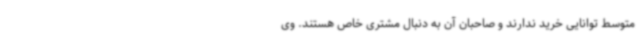
متوسط توانایی خرید ندارند و صاحبان آن به دنبال مشتری خاص هستند. وی